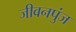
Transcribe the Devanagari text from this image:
जीवनपुंज